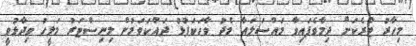
މިހާރު ޓްރެކަށް ދިމާވެފައިވާ މައްސަލައާ މެދު ވާހަކަފުޅު ދައްކަވަމުން މިނިސްޓަރު މަލީހު ވިދާޅުވީ